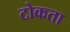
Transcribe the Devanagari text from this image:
टोकता